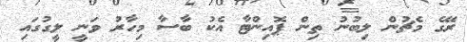
ރޭގެ މެޗުން ލިބުނު ތިން ޕޮއިންޓާ އެކު ބާސާ މިހާރު ވަނީ ލީގުގައި